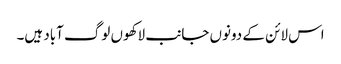
اس لائن کے دونوں جانب لاکھوں لوگ آباد ہیں۔